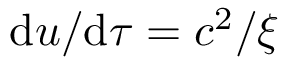
\mathrm { d } u / \mathrm { d } \tau = c ^ { 2 } / \xi